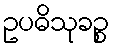
ဥပဓိသုခဉ္စ